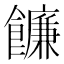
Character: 䭠